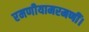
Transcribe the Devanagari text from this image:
रमणीयामरमणीं।